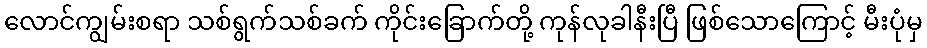
လောင်ကျွမ်းစရာ သစ်ရွက်သစ်ခက် ကိုင်းခြောက်တို့ ကုန်လုခါနီးပြီ ဖြစ်သောကြောင့် မီးပုံမှ